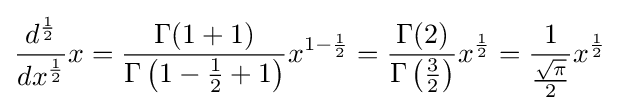
{\frac {d^{\frac {1}{2}}}{dx^{\frac {1}{2}}}}x={\frac {\Gamma (1+1)}{\Gamma \left(1-{\frac {1}{2}}+1\right)}}x^{1-{\frac {1}{2}}}={\frac {\Gamma (2)}{\Gamma \left({\frac {3}{2}}\right)}}x^{\frac {1}{2}}={\frac {1}{\frac {\sqrt {\pi }}{2}}}x^{\frac {1}{2}}